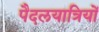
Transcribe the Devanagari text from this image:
पैदलयात्रियों